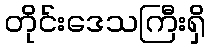
တိုင်းဒေသကြီးရှိ